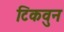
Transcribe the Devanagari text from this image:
टिकवुन